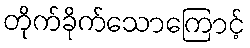
တိုက်ခိုက်သောကြောင့်